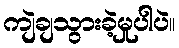
ကျဲချသွားခဲ့မှုပါပဲ။